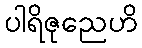
ပါရိဇုညေဟိ